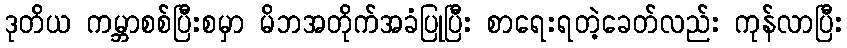
ဒုတိယ ကမ္ဘာစစ်ပြီးစမှာ မိဘအတိုက်အခံပြုပြီး စာရေးရတဲ့ခေတ်လည်း ကုန်လာပြီး